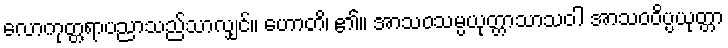
လောကုတ္တရာပညာသည်သာလျှင်။ ဟောတိ၊ ၏။ အာသဝသမ္ပယုတ္တာသာသဝါ အာသဝဝိပ္ပယုတ္တာ